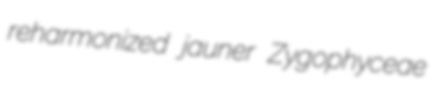
reharmonized jauner Zygophyceae